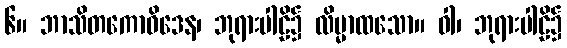
၆။ ဘာသိတကောဝိဒေန၊ ဘုရားပါဠိ၌ လိမ္မာထသော။ ဝါ၊ ဘုရားပါဠိ၌